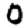
Digit: 0